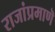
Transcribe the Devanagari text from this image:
राजांप्रमाणॆ